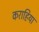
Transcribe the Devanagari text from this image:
कराहिया